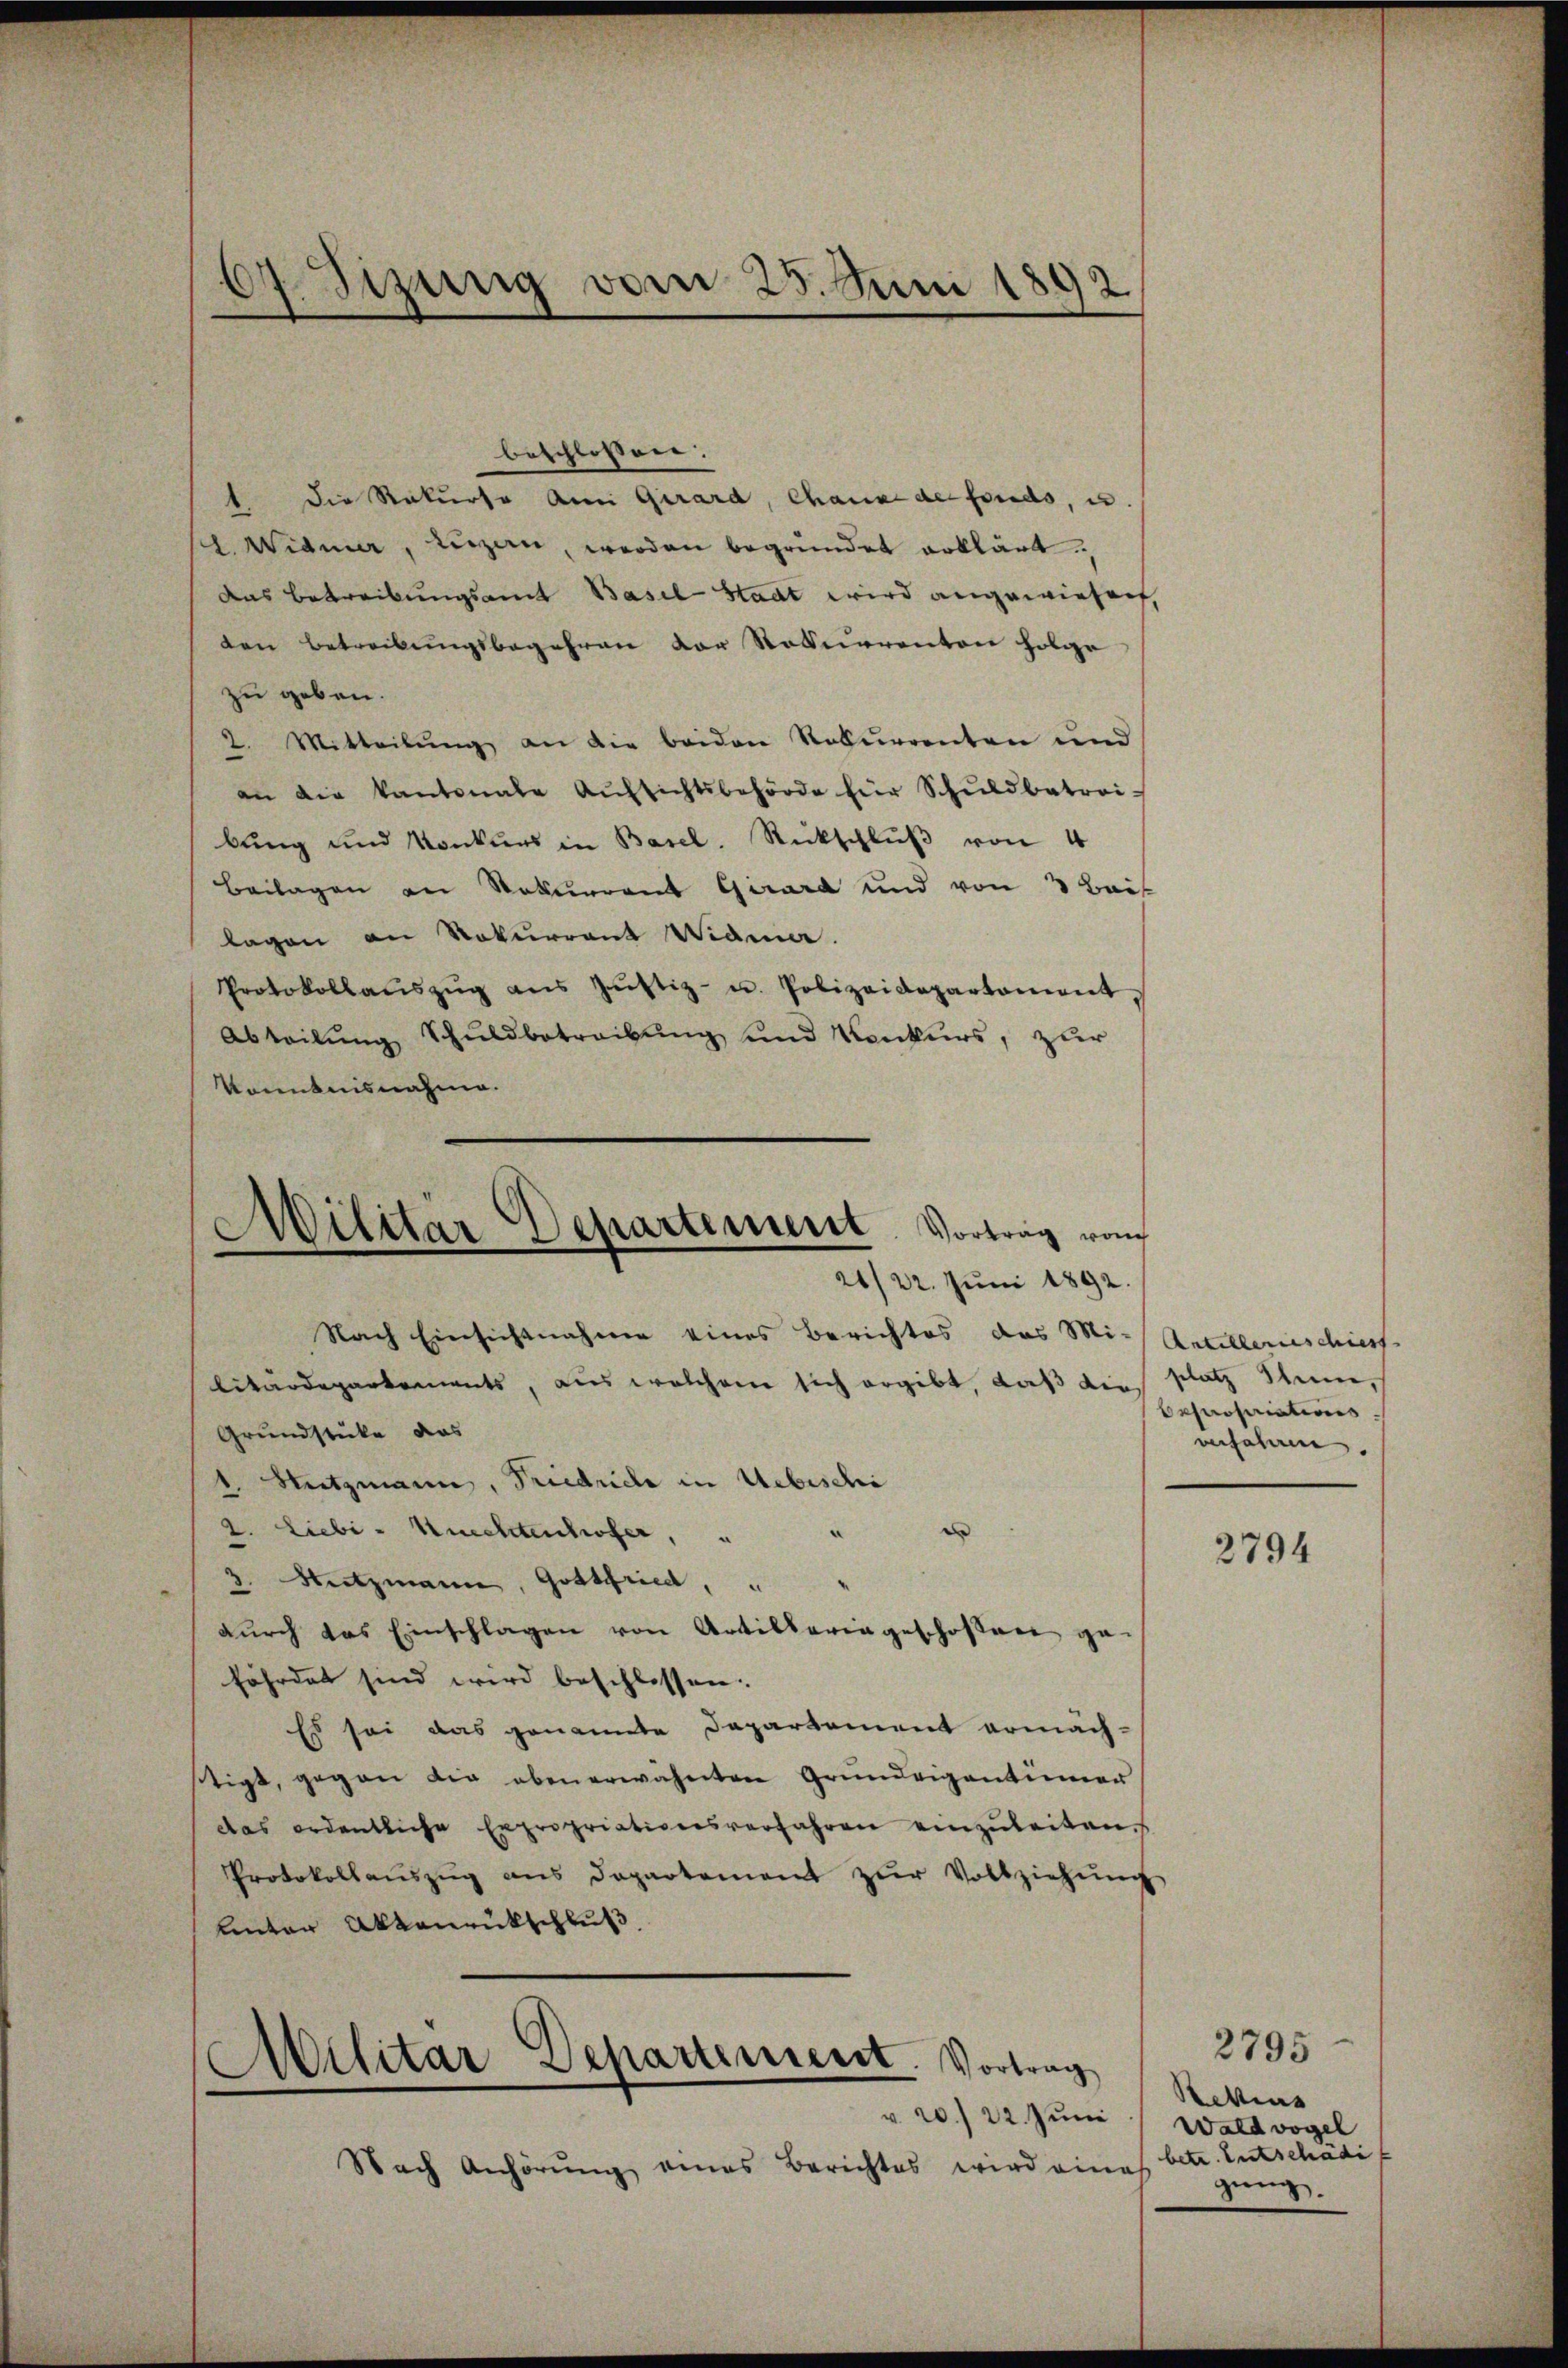
64 Sizung vom 25. Juni 1892
d

beschlossen:
1 die Rekurse an Girard, Chause der fonds, es
st. Widmer, Luzan, werden begründet erklärt.
das Betreibungsamt Basel Stadt wird angewiesen,
den betreibungsbegehren vor Rekurrenten folge
zu geben.
2. Mitteilung an die beiden Rekurrenten und
an die Kantonale Aŭfsichtsbehörde für Schŭldbetrei-
bung und Konkurs in Basel. Rückschlŭβ von 4
Beilagen an Naturrent Girard und von 3 Bai
lagen an Rekurrent Widme.
Protokollaŭszŭg ans Jŭstiz- u. Polizeidepartement,
Abteilŭng Schŭldbetreibŭng und Konkurs, zŭr
kanntnisnahme.

Militär Departement. Vortrag von

21/22. Jŭni 1892.
Nach Einsichtnahme eines Berichtes das Mi-Artillerieschiess
litärdepartements, aus welchem sich ergibt, daß die Platz Schine,
Grundstücke das
1 Nutzmann, Friedrich in Uebischi
2. Liebi- Knechtenhofer, " "
e
3. Nutzmann, Gottfried,
dŭrch das Einschlagen von Artillaria geschossen ge
fährdet sind wird beschlossen.
Es sei das genannte Departement ermäch-
stigt, gegen die obenerwähnten Grundeigentümer
das ordentliche Expropriationsverfahren einzuleiten.
Protokollaŭszŭg ans Departement zŭr Vollziehŭng
Unter Aktenrückschluß
v. 20. 22. Juni
Nach Anhörŭng eines Berichtes wird eine

Militar Departinieret. Vortrag

epositions
anschan.

2794

2795
Settens
Waldvogel
as betr. Entschädi
gung.